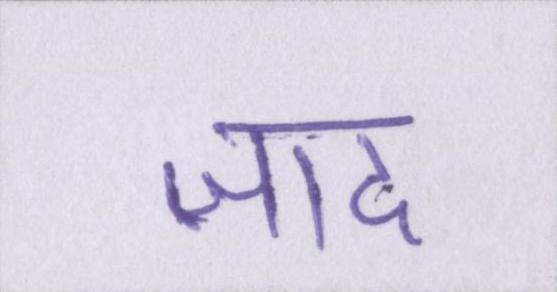
ज़ाद